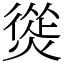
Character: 熧